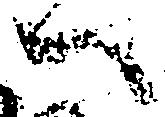
へ